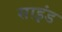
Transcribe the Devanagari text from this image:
साइंड